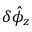
\delta \hat { \phi } _ { z }